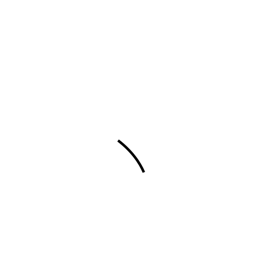
Meaning: dot